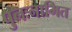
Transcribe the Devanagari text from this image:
पुनःनामित